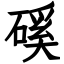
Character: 磎